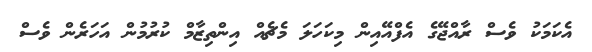
އެކަމަކު ވެސް ރާއްޖޭގެ އެފްއޭއިން މިކަހަލަ މެޗެއް އިންތިޒާމް ކުރުމުން އަހަރެން ވެސް